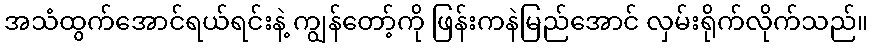
အသံထွက်အောင်ရယ်ရင်းနဲ့ ကျွန်တော့်ကို ဖြန်းကနဲမြည်အောင် လှမ်းရိုက်လိုက်သည်။